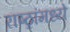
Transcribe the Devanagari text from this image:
राष्ठ्रांमध्ये